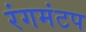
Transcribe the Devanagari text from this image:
रंगमंटप